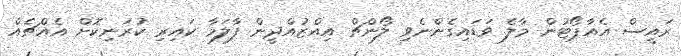
ރައީސް އެއާޕޯޓުން މާލެ ވަޑައިގެންނެވި ލޯންޗް އިއްޒުއްދީން ފާލަމާ ކައިރި ކުރަނިކޮށް އެއްޗެއް